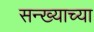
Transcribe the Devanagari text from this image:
सन्ख्याच्या